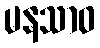
မနသာဝ